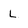
Character: L